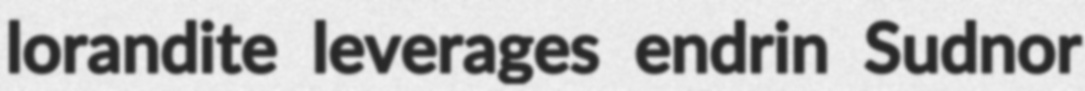
lorandite leverages endrin Sudnor